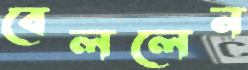
বেললেন